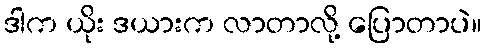
ဒါက ယိုး ဒယားက လာတာလို့ ပြောတာပဲ။